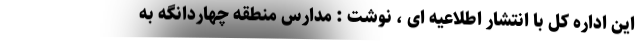
این اداره کل با انتشار اطلاعیه ای ، نوشت : مدارس منطقه چهاردانگه به